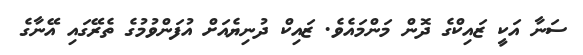
ސަނާ އަކީ ޒައިކްގެ ދޮން މަންމައެވެ. ޒައިކް ދުނިޔެއަށް އުފަންވުމުގެ ތެރޭގައި އޭނާގެ